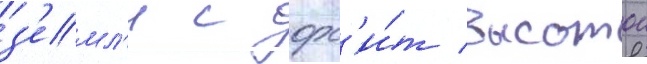
з'емл'и с орб'и́т высотои